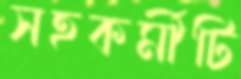
সহকর্মীটি